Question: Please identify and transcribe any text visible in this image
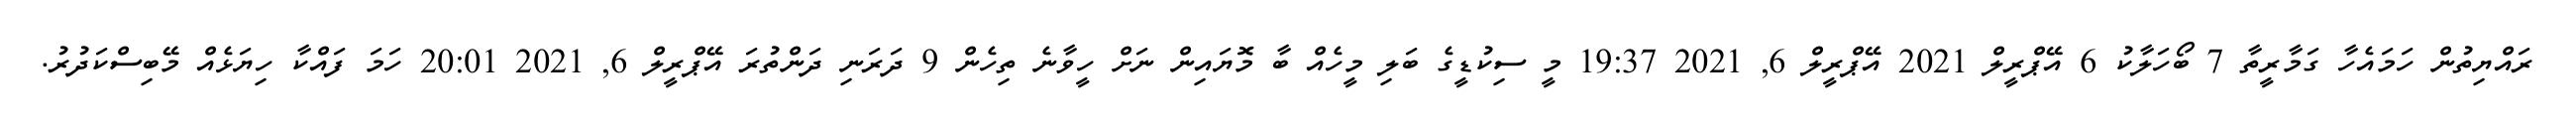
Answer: ރައްޔިތުން ހަމައެހާ ގަމާރީތާ 7 ބޯހަލާކު 6 އޭޕްރީލް 2021 އޭޕްރީލް 6, 2021 19:37 މީ ސިކުޑީގެ ބަލި މީހެއް ބާ މޮޔައިން ނަށް ހީވާނެ ތިހެން 9 ދަރަނި ދަންތުރަ އޭޕްރީލް 6, 2021 20:01 ހަމަ ފައްކާ ހިޔަޅެއް މޭބިސްކަދުރު.